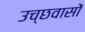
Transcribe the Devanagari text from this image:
उच्छवासों